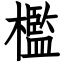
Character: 檻